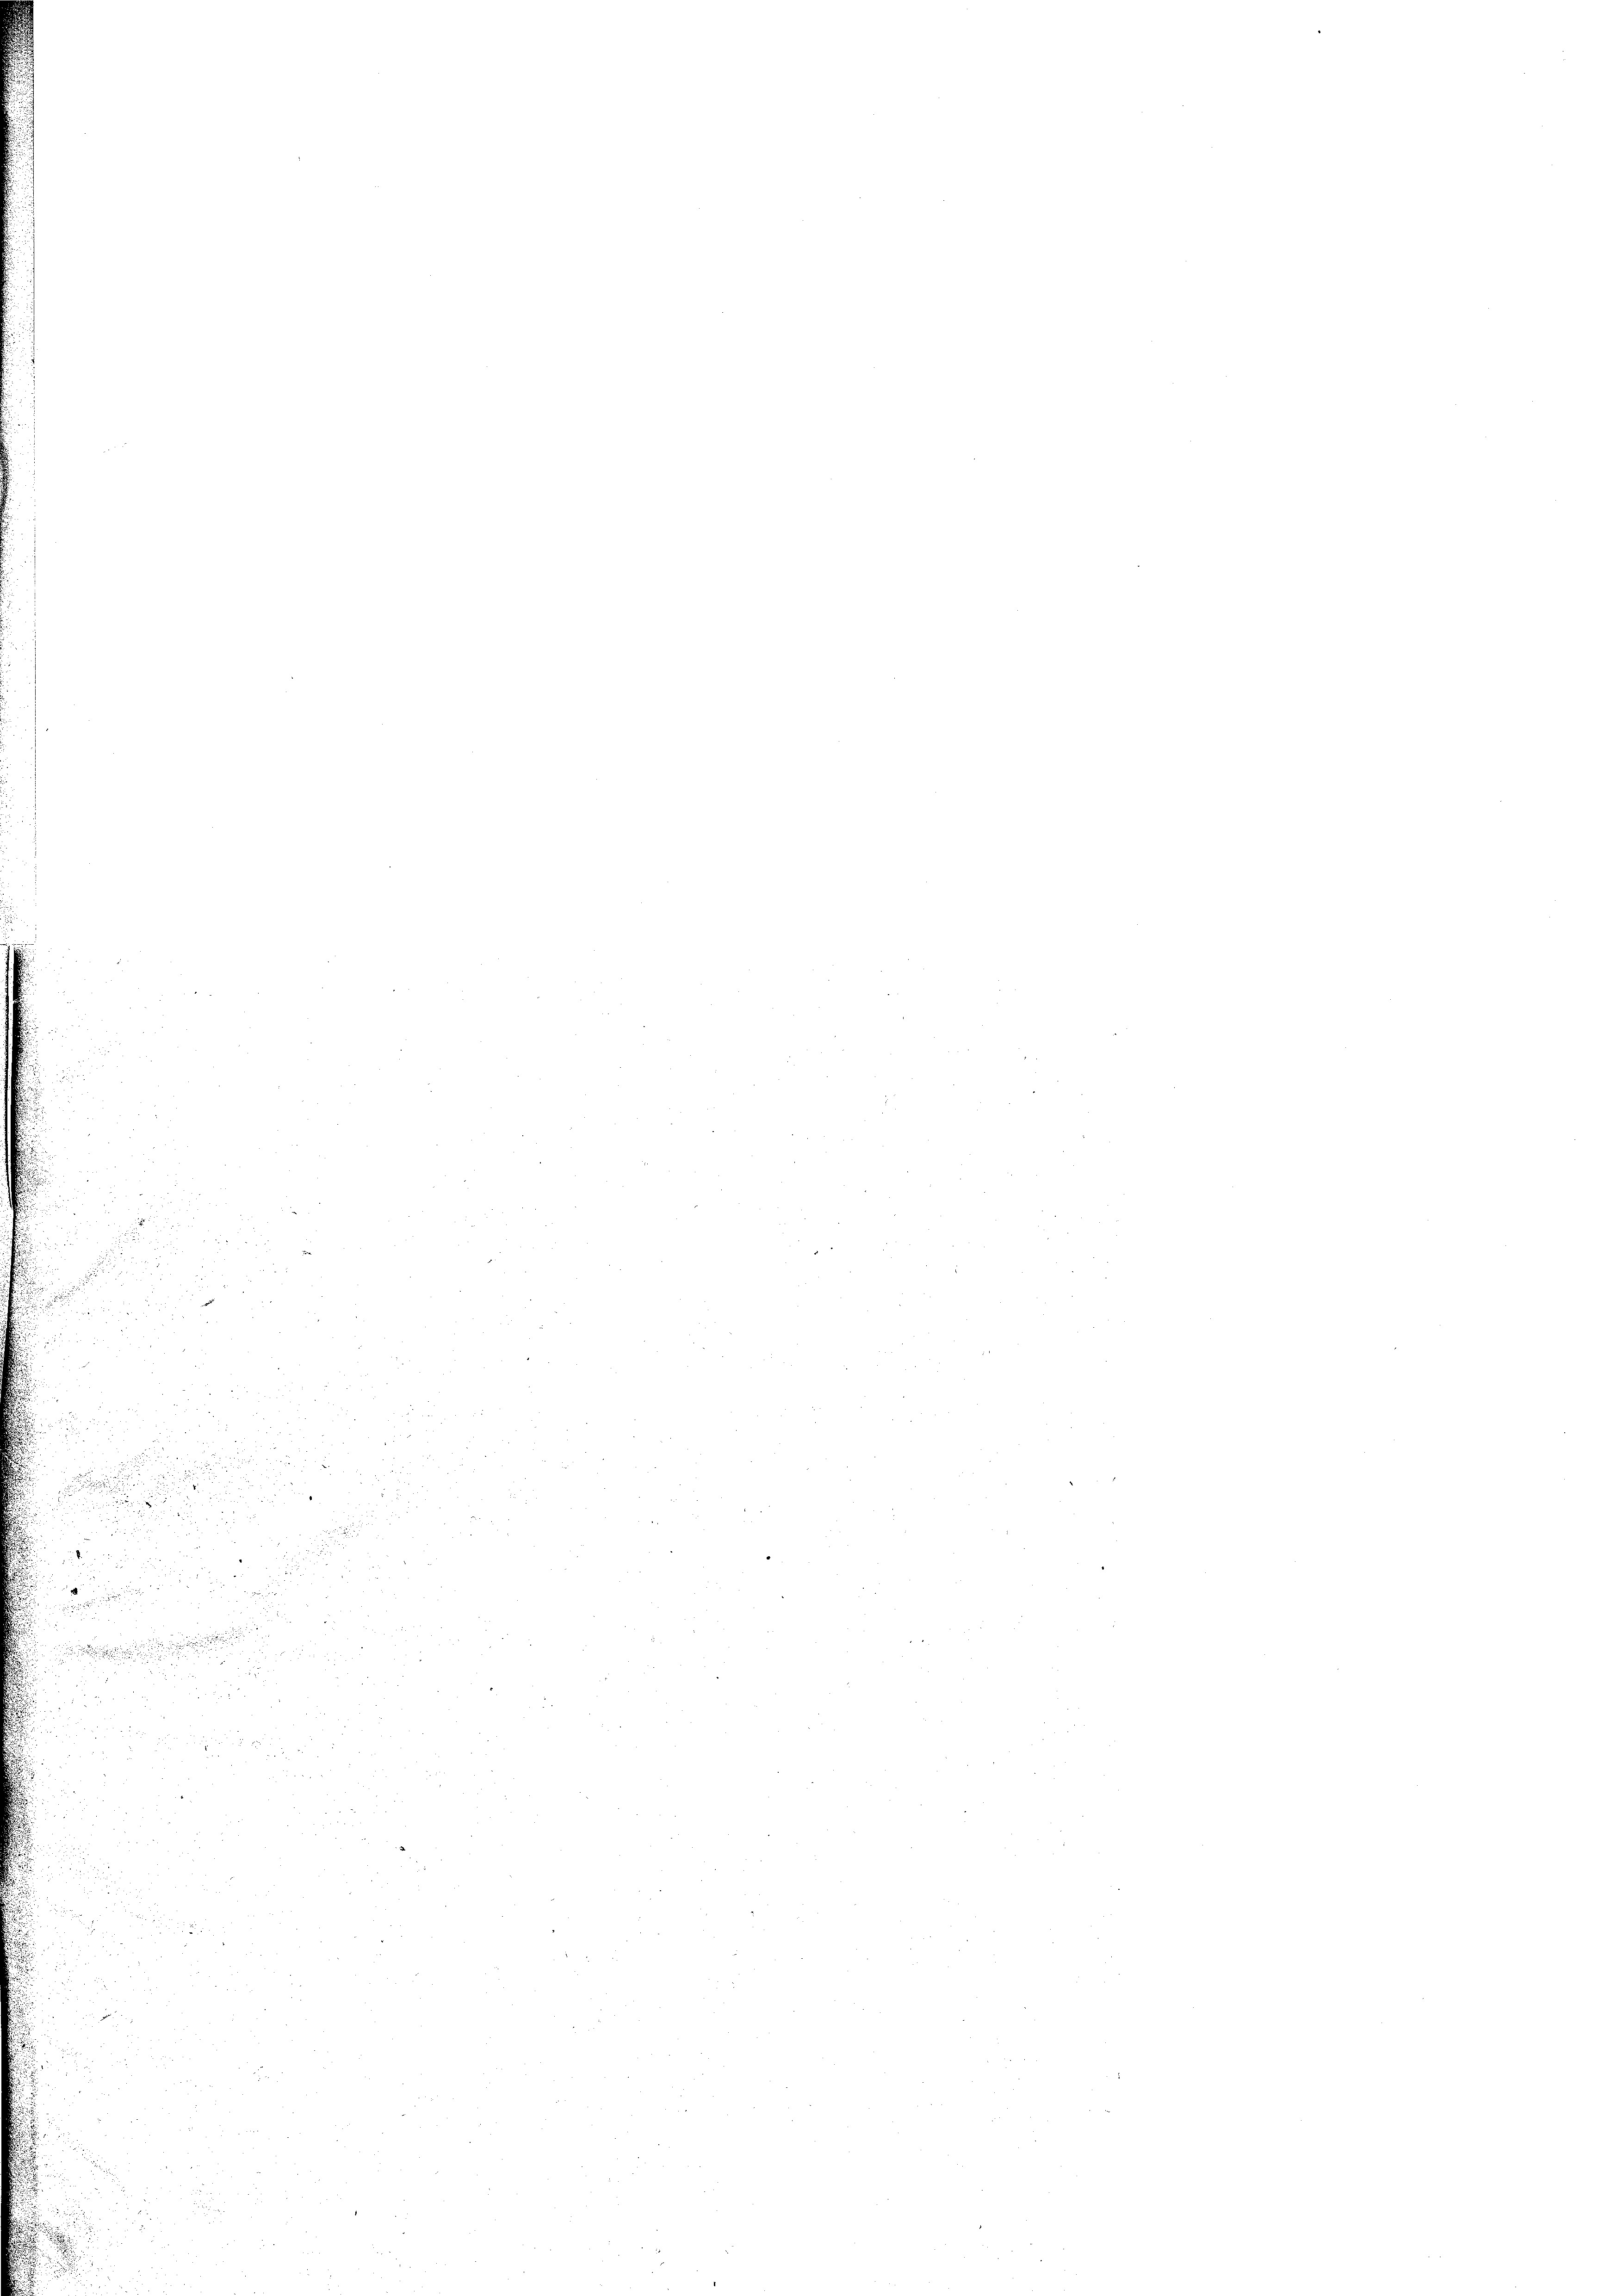
n
.

e

.